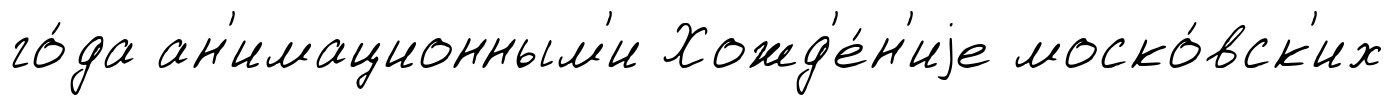
го́да ан'имационным'и Хожд'е́н'иjе моско́вск'их